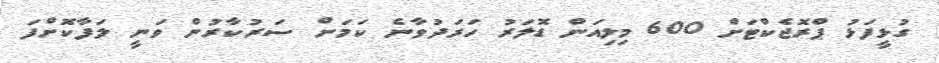
ގުޅީފަޅު ޕްރޮޖެކްޓަށް 600 މިލިއަން ޑޮލަރު ހަރަދުވާނެ ކަމަށް ސަރުކާރުން ވަނީ ލަފާކޮށްފަ